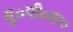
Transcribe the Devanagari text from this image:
यू०पी०ए०